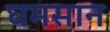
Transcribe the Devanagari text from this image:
घमसान